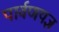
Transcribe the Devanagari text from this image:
पार्वणयज्ञ